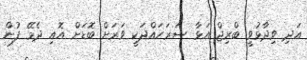
އަދި ވިދާޅުވީ ބްރިޖް އަޅާ ސަރަހައްދަކީ ވަރަށް ބޮޑަށް އޮއި ދެމޭ ފުން